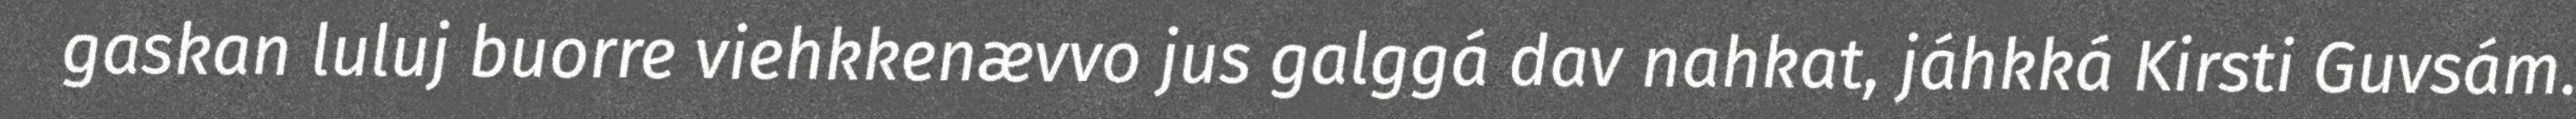
gaskan luluj buorre viehkkenævvo jus galggá dav nahkat, jáhkká Kirsti Guvsám.